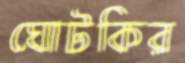
ঘোটকির